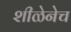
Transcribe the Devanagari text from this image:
शीळेनेच